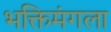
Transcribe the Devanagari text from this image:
भक्तिमंगला